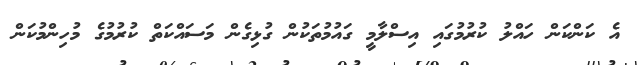
އެ ކަންކަން ހައްލު ކުރުމުގައި އިސްލާމީ ގައުމުތަކުން ގުޅިގެން މަސައްކަތް ކުރުމުގެ މުހިންމުކަން